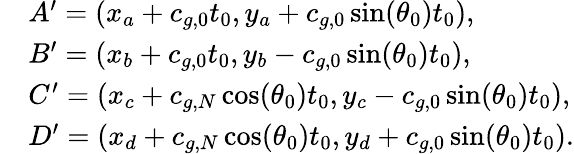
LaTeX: \begin{array}{rl}&{A^{\prime}=(x_{a}+c_{g,0}t_{0},y_{a}+c_{g,0}\sin(\theta_{0})t_{0}),}\\ &{B^{\prime}=(x_{b}+c_{g,0}t_{0},y_{b}-c_{g,0}\sin(\theta_{0})t_{0}),}\\ &{C^{\prime}=(x_{c}+c_{g,N}\cos(\theta_{0})t_{0},y_{c}-c_{g,0}\sin(\theta_{0})t_{0}),}\\ &{D^{\prime}=(x_{d}+c_{g,N}\cos(\theta_{0})t_{0},y_{d}+c_{g,0}\sin(\theta_{0})t_{0}).}\end{array}